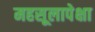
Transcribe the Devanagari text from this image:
महसूलापेक्षा